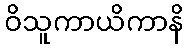
ဝိသူကာယိကာနိ